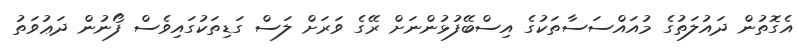
އެގޮތުން ދައުލަތުގެ މުއައްސަސާތަކުގެ އިސްބޭފުޅުންނަށް ރޭގެ ވަރަށް ލަސް ގަޑިތަކުގައިވެސް ފޯނުން ދަޢުވަތު